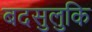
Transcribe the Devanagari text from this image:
बदसुलुकि